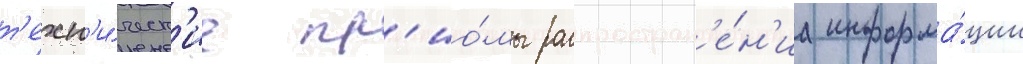
т'ехн'и́ческ'ие пр'ио́мы распростран'е́н'иа информа́ции